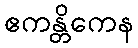
ဧကန္တိကေန